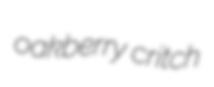
oakberry critch